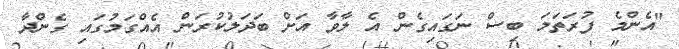
"އެންމެ ފުރަތަމަ ބިސް ނަގައިގެން އެ ލާވާ އަށް ބަދަލުކުރަން އެއްގަމުގައި ގެންދާ